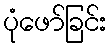
ပုံဖော်ခြင်း